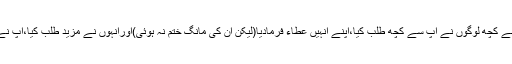
حضرت ابوسعید خدریؓسے مروی ہے کہ ایک مرتبہ انصار میں سے کچھ لوگوں نے آپ سے کچھ طلب کیا،آپؐنے انہیں عطاء فرمادیا(لیکن ان کی مانگ ختم نہ ہوئی)اورانہوں نے مزید طلب کیا،آپ نے انہیں پھر دیا،یہاں تک کہ آپ کے پاس جو کچھ تھا وہ ختم ہوگیا۔